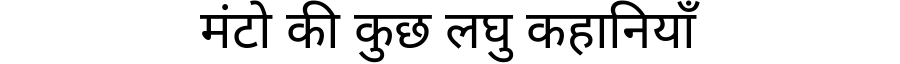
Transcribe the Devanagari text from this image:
मंटो की कुछ लघु कहानियाँ